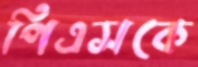
পিএসকে